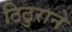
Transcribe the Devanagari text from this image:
ठिठुराने